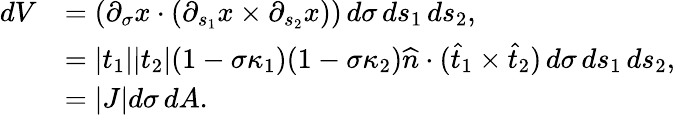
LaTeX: \begin{array}{rl}{dV}&{=(\partial_{\sigma}x\cdot(\partial_{s_{1}}x\times\partial_{s_{2}}x))\, d\sigma\, ds_{1}\, ds_{2},}\\ &{=|t_{1}||t_{2}|(1-\sigma\kappa_{1})(1-\sigma\kappa_{2})\widehat{n}\cdot(\widehat{t}_{1}\times\widehat{t}_{2})\, d\sigma\, ds_{1}\, ds_{2},}\\ &{=|J|d\sigma\, dA.}\end{array}